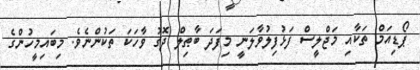
ޕޯޑިއަމް ތަކާއި މަޖްލީސް ފަޅުފިލުވާލަނީ މިފަދަ ބާޠިލް ދޮގު ވާހަކަ ތަކުންނެވެ. މިބައިމީހުންގެ